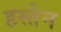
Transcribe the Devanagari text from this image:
हस्तेन